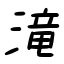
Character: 滝